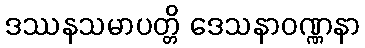
ဒဿနသမာပတ္တိ ဒေသနာဝဏ္ဏနာ